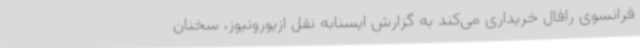
فرانسوی رافال خریداری می‌کند به گزارش ایسنابه نقل ازیورونیوز، سخنان